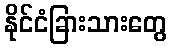
နိုင်ငံခြားသားတွေ